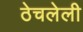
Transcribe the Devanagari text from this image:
ठेचलेली